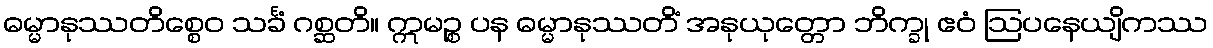
ဓမ္မာနုဿတိစ္စေဝ သင်္ခံ ဂစ္ဆတိ။ ဣမဉ္စ ပန ဓမ္မာနုဿတိံ အနုယုတ္တော ဘိက္ခု ဧဝံ ဩပနေယျိကဿ